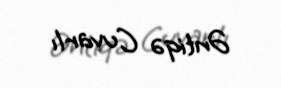
Əntiqə Cuvarlı